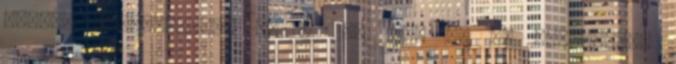
száma, megnevezése: 33 811 04 1000 00 00 Vendéglátó